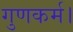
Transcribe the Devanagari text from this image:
गुणकर्म।